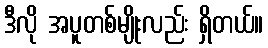
ဒီလို အပူတစ်မျိုးလည်း ရှိတယ်။